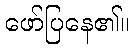
ဖော်ပြနေ၏။